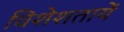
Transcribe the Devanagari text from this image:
विशेशतायें